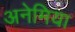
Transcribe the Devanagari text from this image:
अनेमिया